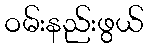
ဝမ်းနည်းဖွယ်